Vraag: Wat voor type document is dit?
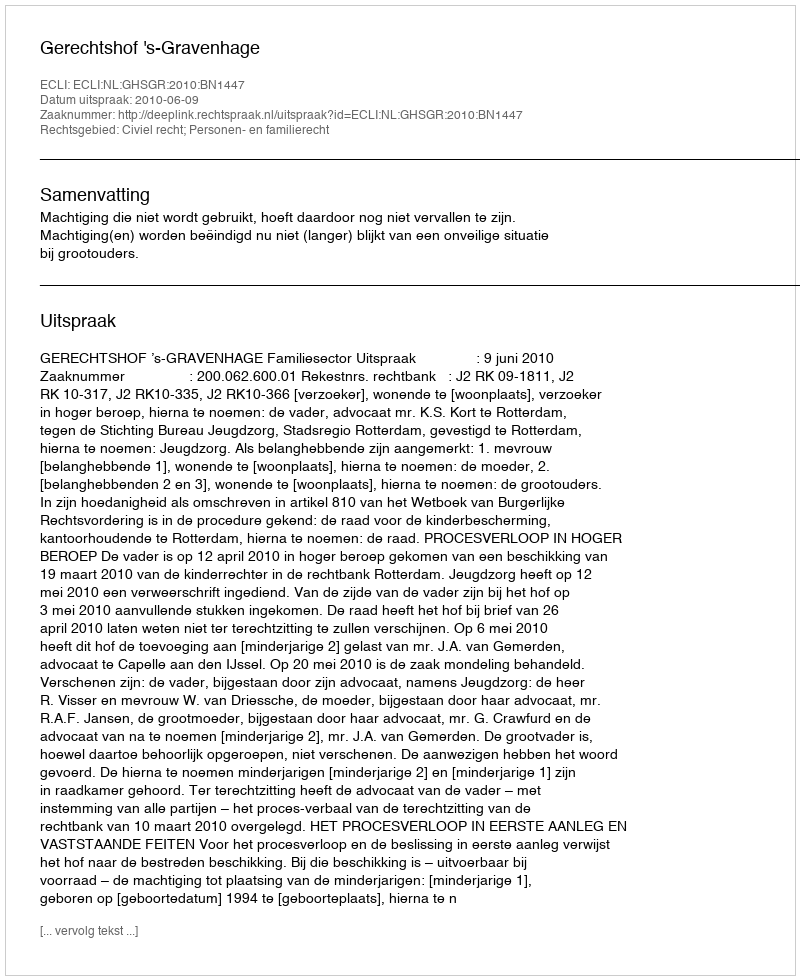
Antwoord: Uitspraak